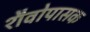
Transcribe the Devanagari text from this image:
शैवोपासक